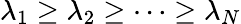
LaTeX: \lambda_{1}\geq\lambda_{2}\geq\cdots\geq\lambda_{N}